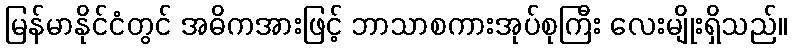
မြန်မာနိုင်ငံတွင် အဓိကအားဖြင့် ဘာသာစကားအုပ်စုကြီး လေးမျိုးရှိသည်။